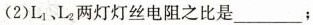
(2)L_{1}、L_{2}两灯灯丝电阻之比是___；